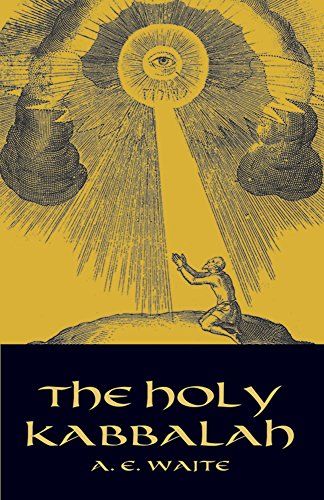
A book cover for The Holy Kabbalah (Dover Occult); A. E. Waite; Politics & Social Sciences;